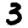
Digit: 3